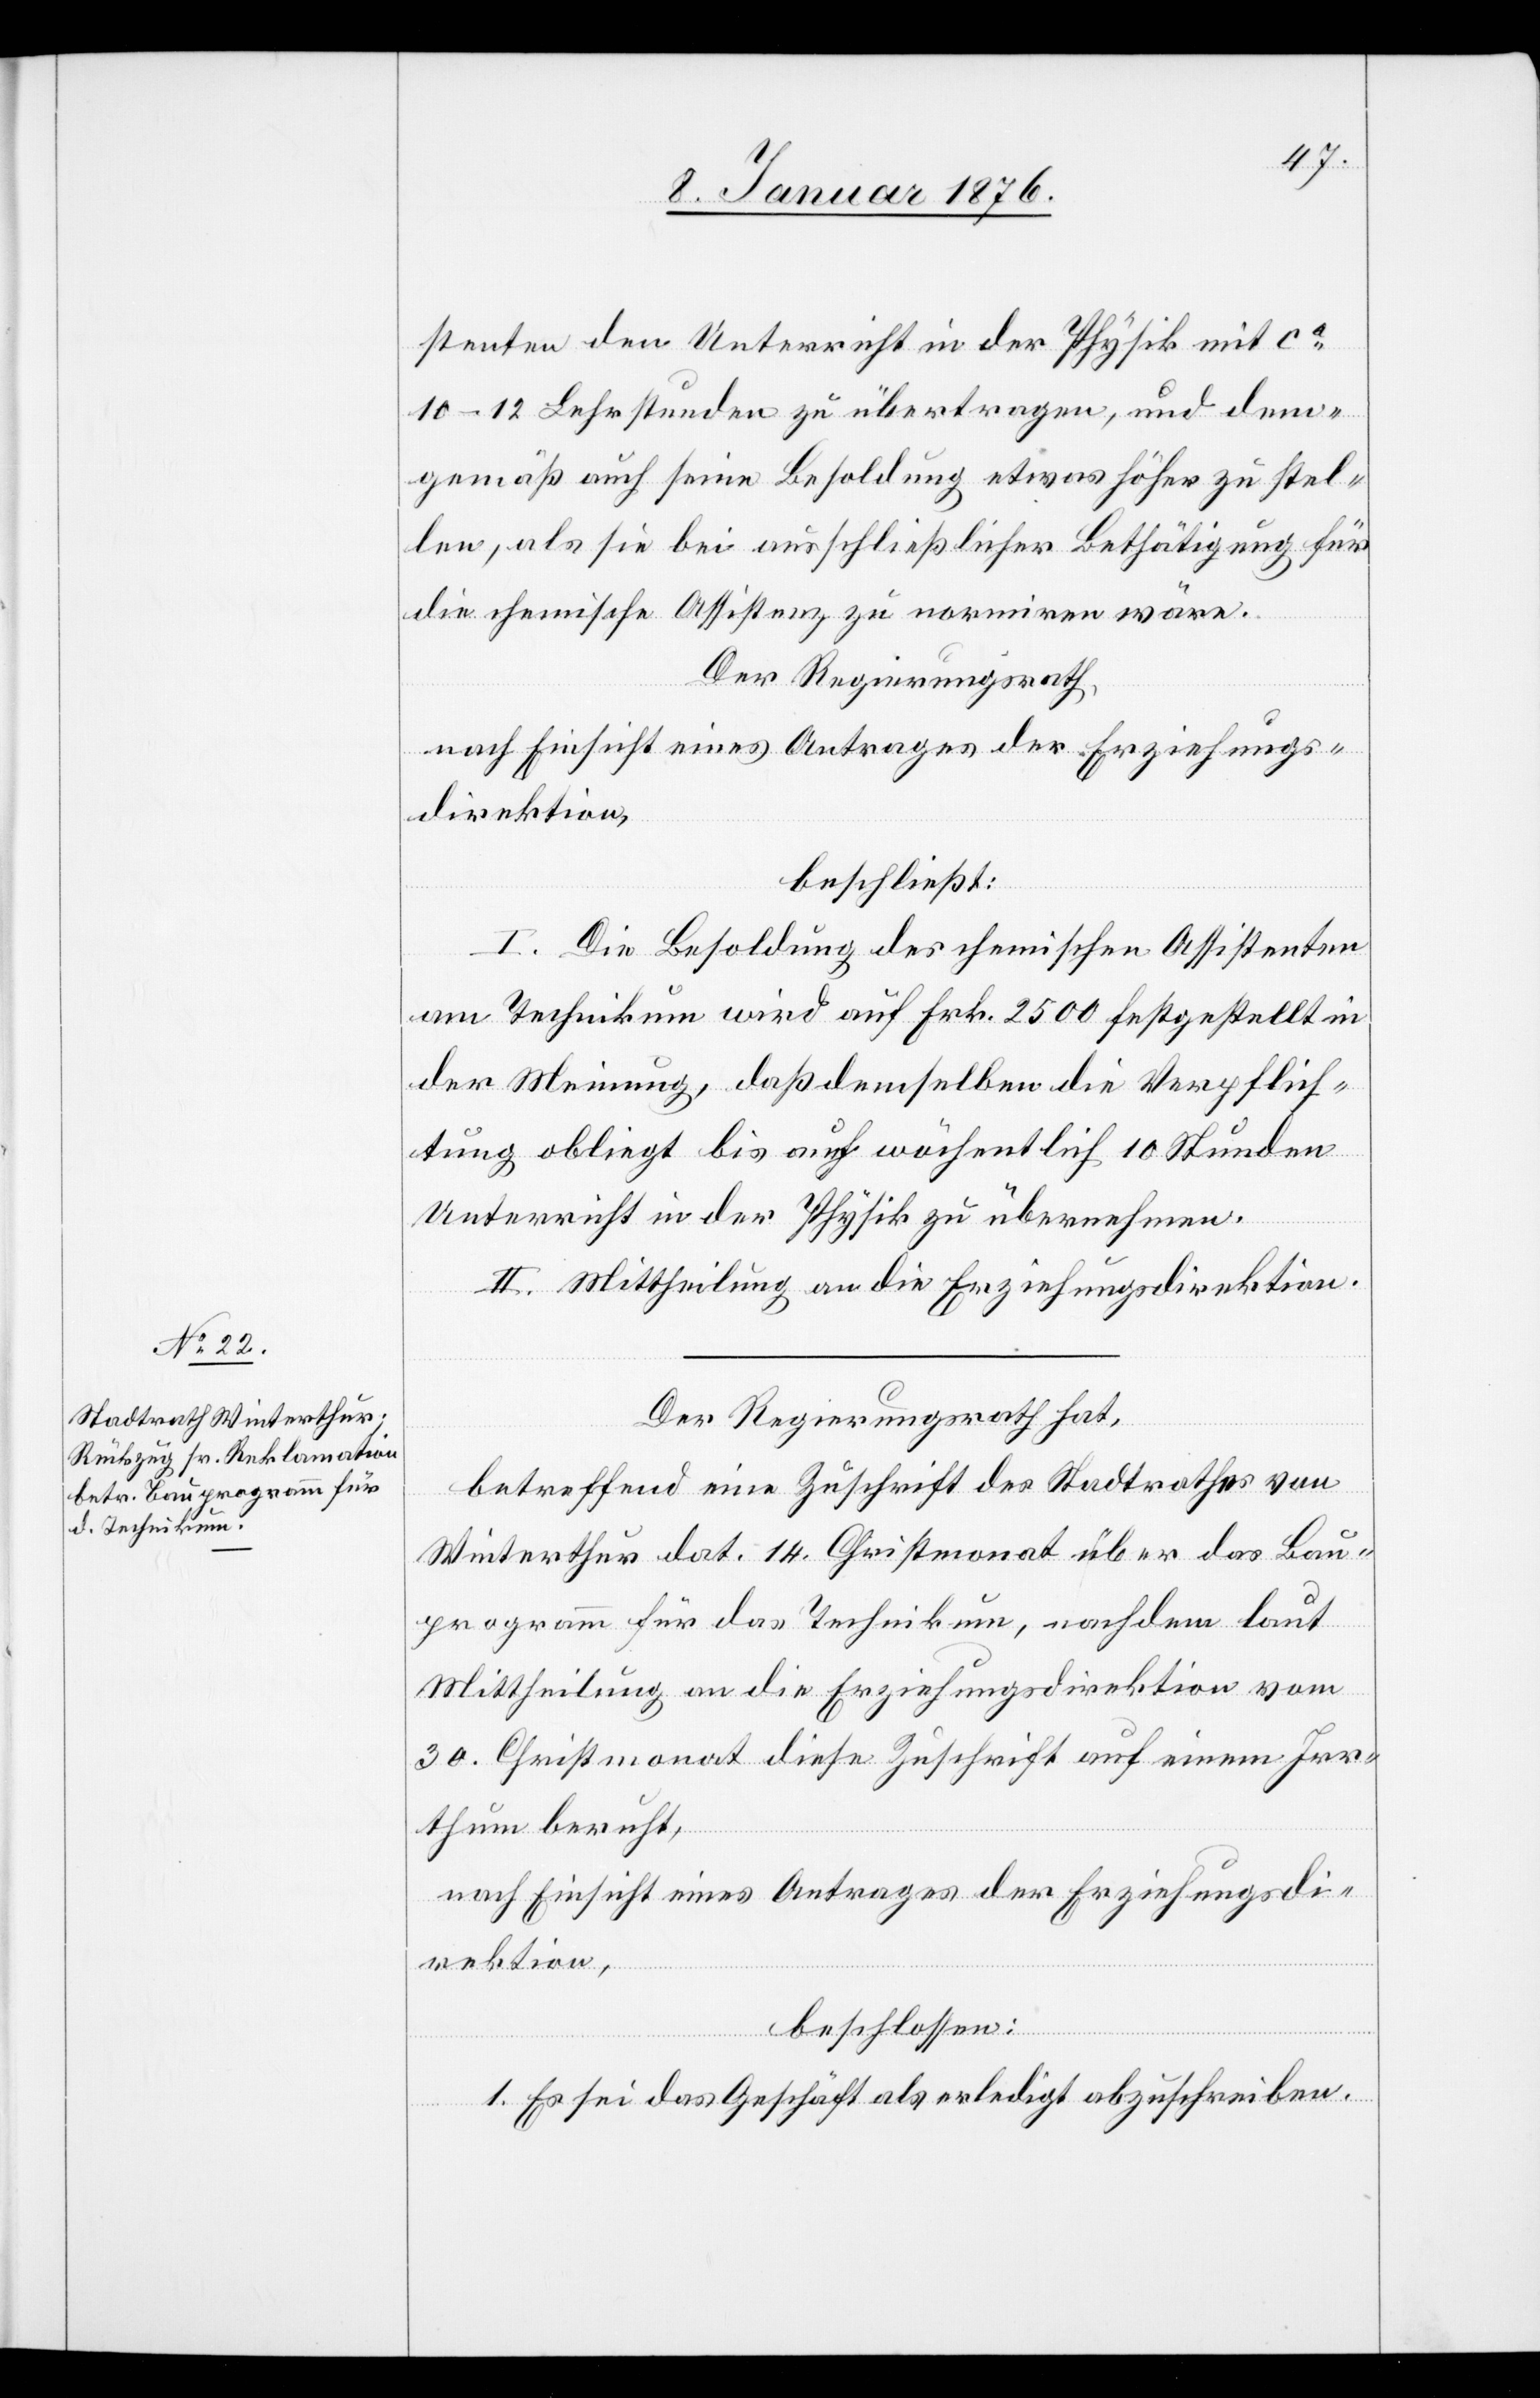
stenten den Unterricht in der Physik mit ca.
10–12 Lehrstunden zu übertragen, und dem¬
gemäß auch seine Besoldung etwas höher zu stel¬
len, als sie bei ausschließlicher Bethätigung für
die chemische Assistenz zu normiren wäre.
Der Regierungsrath,
nach Einsicht eines Antrages der Erziehungs¬
direktion,
beschließt:
I. Die Besoldung des chemischen Assistenten
am Technikum wird auf Frk. 2500 festgestellt in
der Meinung, daß demselben die Verpflich¬
tung obliegt bis auf wöchentlich 10 Stunden
Unterricht in der Physik zu übernehmen.
II. Mittheilung an die Erziehungsdirektion.
Der Regierungsrath hat,
betreffend eine Zuschrift des Stadtrathes von
Winterthur dat. 14. Christmonat über das Bau¬
programm für das Technikum, nachdem laut
Mittheilung an die Erziehungsdirektion vom
30. Christmonat diese Zuschrift auf einem Irr¬
thum beruht,
nach Einsicht eines Antrages der Erziehungsdi¬
rektion,
beschlossen:
1. Es sei das Geschäft als erledigt abzuschreiben.